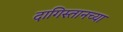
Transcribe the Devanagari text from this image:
दागिस्तानच्या